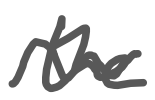
Text: the
Cross-out: wave
Writing tool: digital_gray